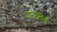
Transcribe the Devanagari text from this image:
शाखांलबी